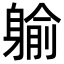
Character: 䠼